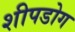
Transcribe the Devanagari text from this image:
शीपडोग